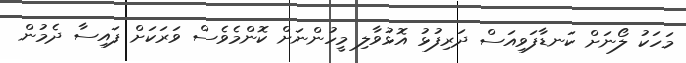
މަހަކު ލޯނަށް ކަނޑާފަވިއަސް ދަރިފުޅު އޮޅުވާލި މީހުންނަށް ކޮންމެވެސް ވަރަކަށް ފައިސާ ދެމުން